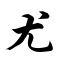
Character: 尤